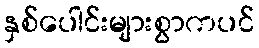
နှစ်ပေါင်းများစွာကပင်